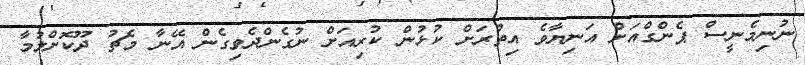
ނުނިމެނީސް ޕެންގްއަށް އަނިޔާވެ އިތުރަށް ކުޅުން ކުރިއަށް ނުގެންދެވިގެން އޭނާ މެޗު ދޫކޮށްލުމާ